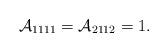
LaTeX: \begin{align*}\mathcal{A}_{1111}=\mathcal{A}_{2112}=1.\end{align*}